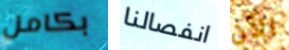
بكامل انفصالنا الآن